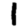
Digit: 1